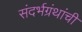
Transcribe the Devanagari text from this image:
संदर्भग्रंथांची